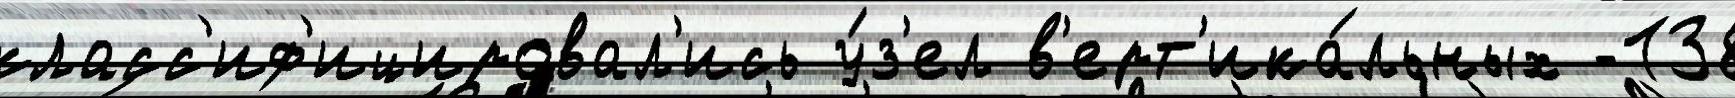
класс'иф'ицировал'ись у́з'ел в'ерт'ика́льных -138